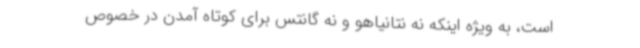
است، به ویژه اینکه نه نتانیاهو و نه گانتس برای کوتاه آمدن در خصوص